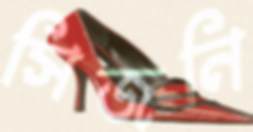
সিজনি